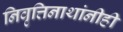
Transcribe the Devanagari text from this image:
निवृत्तिनाथांनीही